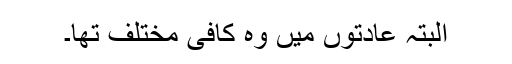
البتہ عادتوں میں وہ کافی مختلف تھا۔